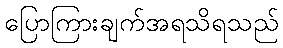
ပြောကြားချက်အရသိရသည်